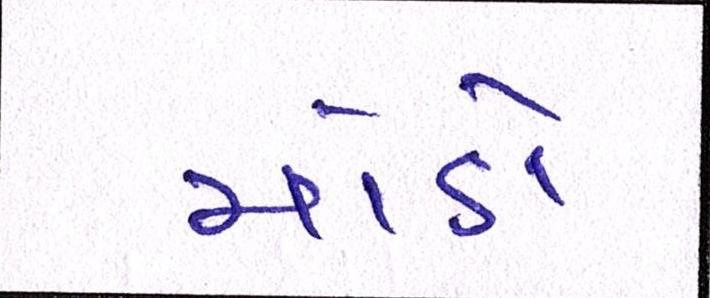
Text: મોડો